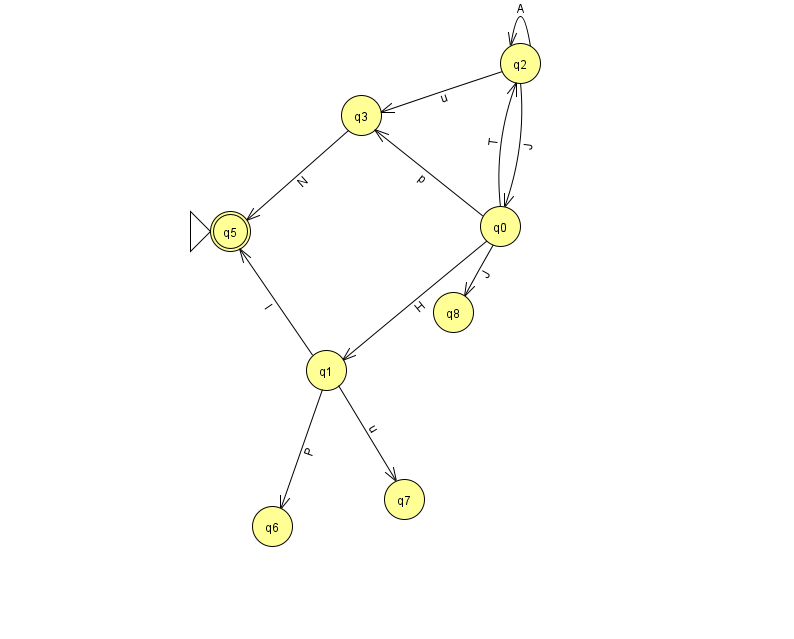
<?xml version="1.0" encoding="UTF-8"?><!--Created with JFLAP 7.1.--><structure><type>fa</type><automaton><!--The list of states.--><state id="0" name="q0"><x>500.0</x><y>213.0</y></state><state id="1" name="q1"><x>326.0</x><y>357.0</y></state><state id="2" name="q2"><x>520.0</x><y>50.0</y></state><state id="3" name="q3"><x>361.0</x><y>102.0</y></state><state id="5" name="q5"><x>230.0</x><y>218.0</y><initial/><final/></state><state id="6" name="q6"><x>272.0</x><y>513.0</y></state><state id="7" name="q7"><x>404.0</x><y>486.0</y></state><state id="8" name="q8"><x>453.0</x><y>299.0</y></state><!--The list of transitions.--><transition><from>0</from><to>3</to><read>p</read></transition><transition><from>2</from><to>0</to><read>J</read></transition><transition><from>3</from><to>5</to><read>N</read></transition><transition><from>1</from><to>7</to><read>u</read></transition><transition><from>2</from><to>2</to><read>A</read></transition><transition><from>1</from><to>5</to><read>I</read></transition><transition><from>0</from><to>8</to><read>J</read></transition><transition><from>0</from><to>1</to><read>H</read></transition><transition><from>0</from><to>2</to><read>T</read></transition><transition><from>1</from><to>6</to><read>P</read></transition><transition><from>2</from><to>3</to><read>u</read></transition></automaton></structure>